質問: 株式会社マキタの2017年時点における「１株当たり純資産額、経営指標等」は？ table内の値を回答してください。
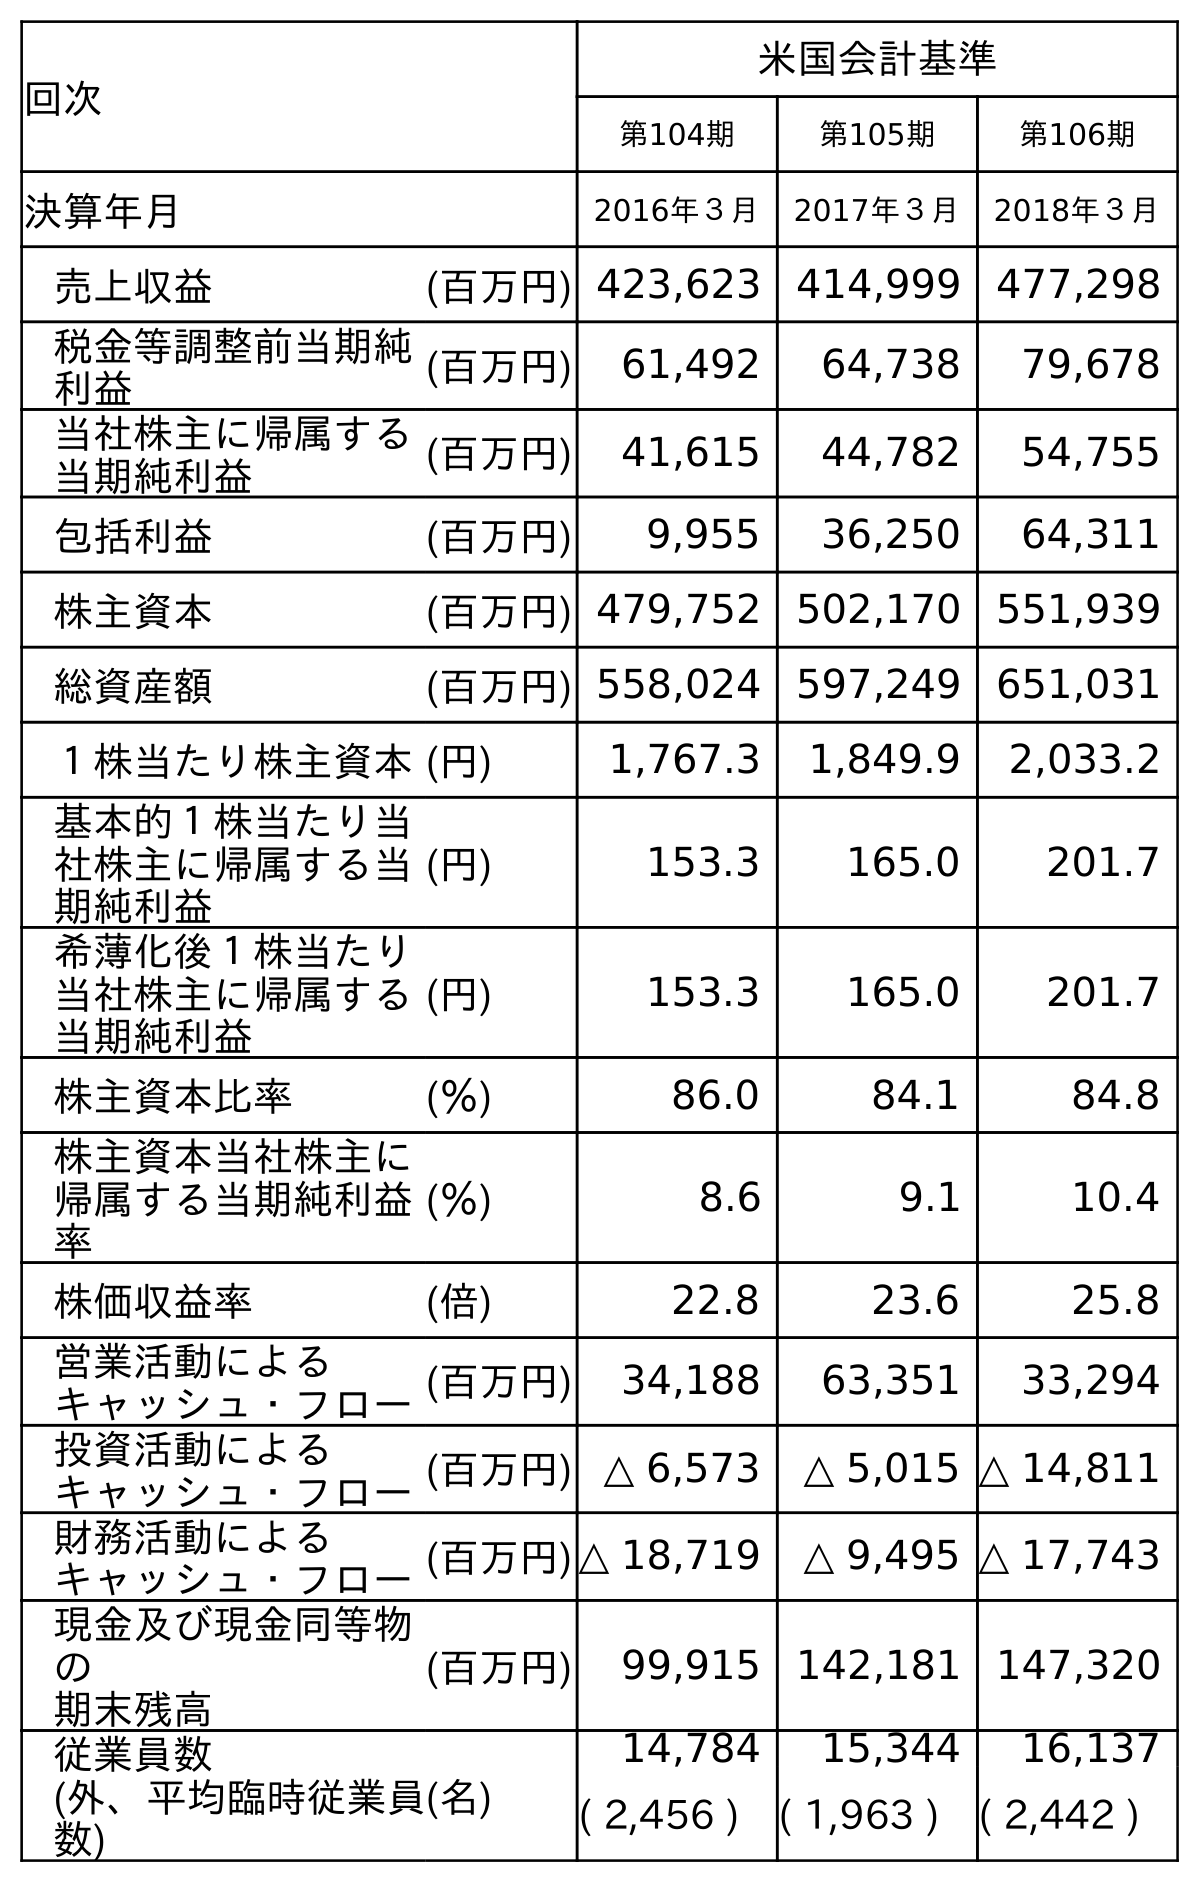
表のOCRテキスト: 回次 米国会計基準 第104期 第105期 第106期 決算年月 2016年３月 2017年３月 2018年３月 売上収益 (百万円) 423,623 414,999 477,298 税金等調整前当期純 利益 (百万円) 61,492 64,738 79,678 当社株主に帰属する 当期純利益 (百万円) 41,615 44,782 54,755 包括利益 (百万円) 9,955 36,250 64,311 株主資本 (百万円) 479,752 502,170 551,939 総資産額 (百万円) 558,024 597,249 651,031 １株当たり株主資本(円) 1,767.3 1,849.9 2,033.2 基本的１株当たり当 社株主に帰属する当 期純利益 (円) 153.3 165.0 201.7 希薄化後１株当たり 当社株主に帰属する 当期純利益 (円) 153.3 165.0 201.7 株主資本比率 (％) 86.0 84.1 84.8 株主資本当社株主に 帰属する当期純利益 率 (％) 8.6 9.1 10.4 株価収益率 (倍) 22.8 23.6 25.8 営業活動による キャッシュ・フロー(百万円) 34,188 63,351 33,294 投資活動による キャッシュ・フロー(百万円) △ 6,573 △ 5,015 △ 14,811 財務活動による キャッシュ・フロー(百万円)△ 18,719 △ 9,495 △ 17,743 現金及び現金同等物 の 期末残高 (百万円) 99,915 142,181 147,320 従業員数 (外、平均臨時従業員 数) (名) 14,784 15,344 16,137 ( 2,456 ) ( 1,963 ) ( 2,442 )
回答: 1,849.9